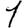
Digit: 1